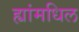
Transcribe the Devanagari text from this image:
ह्यांमधिल